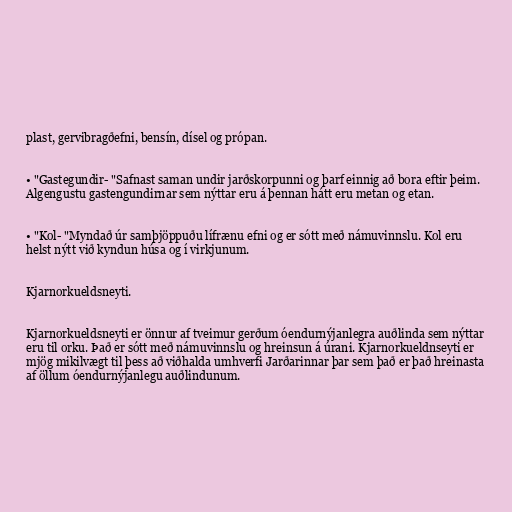
plast, gervibragðefni, bensín, dísel og própan.

• "Gastegundir- "Safnast saman undir jarðskorpunni og þarf einnig að bora eftir þeim.
Algengustu gastengundirnar sem nýttar eru á þennan hátt eru metan og etan.

• "Kol- "Myndað úr samþjöppuðu lífrænu efni og er sótt með námuvinnslu. Kol eru
helst nýtt við kyndun húsa og í virkjunum.

Kjarnorkueldsneyti.

Kjarnorkueldsneyti er önnur af tveimur gerðum óendurnýjanlegra auðlinda sem nýttar
eru til orku. Það er sótt með námuvinnslu og hreinsun á úrani. Kjarnorkueldnseyti er
mjög mikilvægt til þess að viðhalda umhverfi Jarðarinnar þar sem það er það hreinasta
af öllum óendurnýjanlegu auðlindunum.